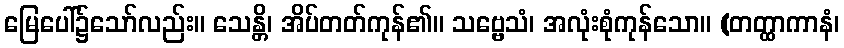
မြေပေါ်၌သော်လည်း။ သေန္တိ၊ အိပ်တတ်ကုန်၏။ သဗ္ဗေသံ၊ အလုံးစုံကုန်သော။ (တတ္ထာကာနံ၊